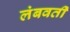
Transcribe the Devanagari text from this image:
लंबवर्ती